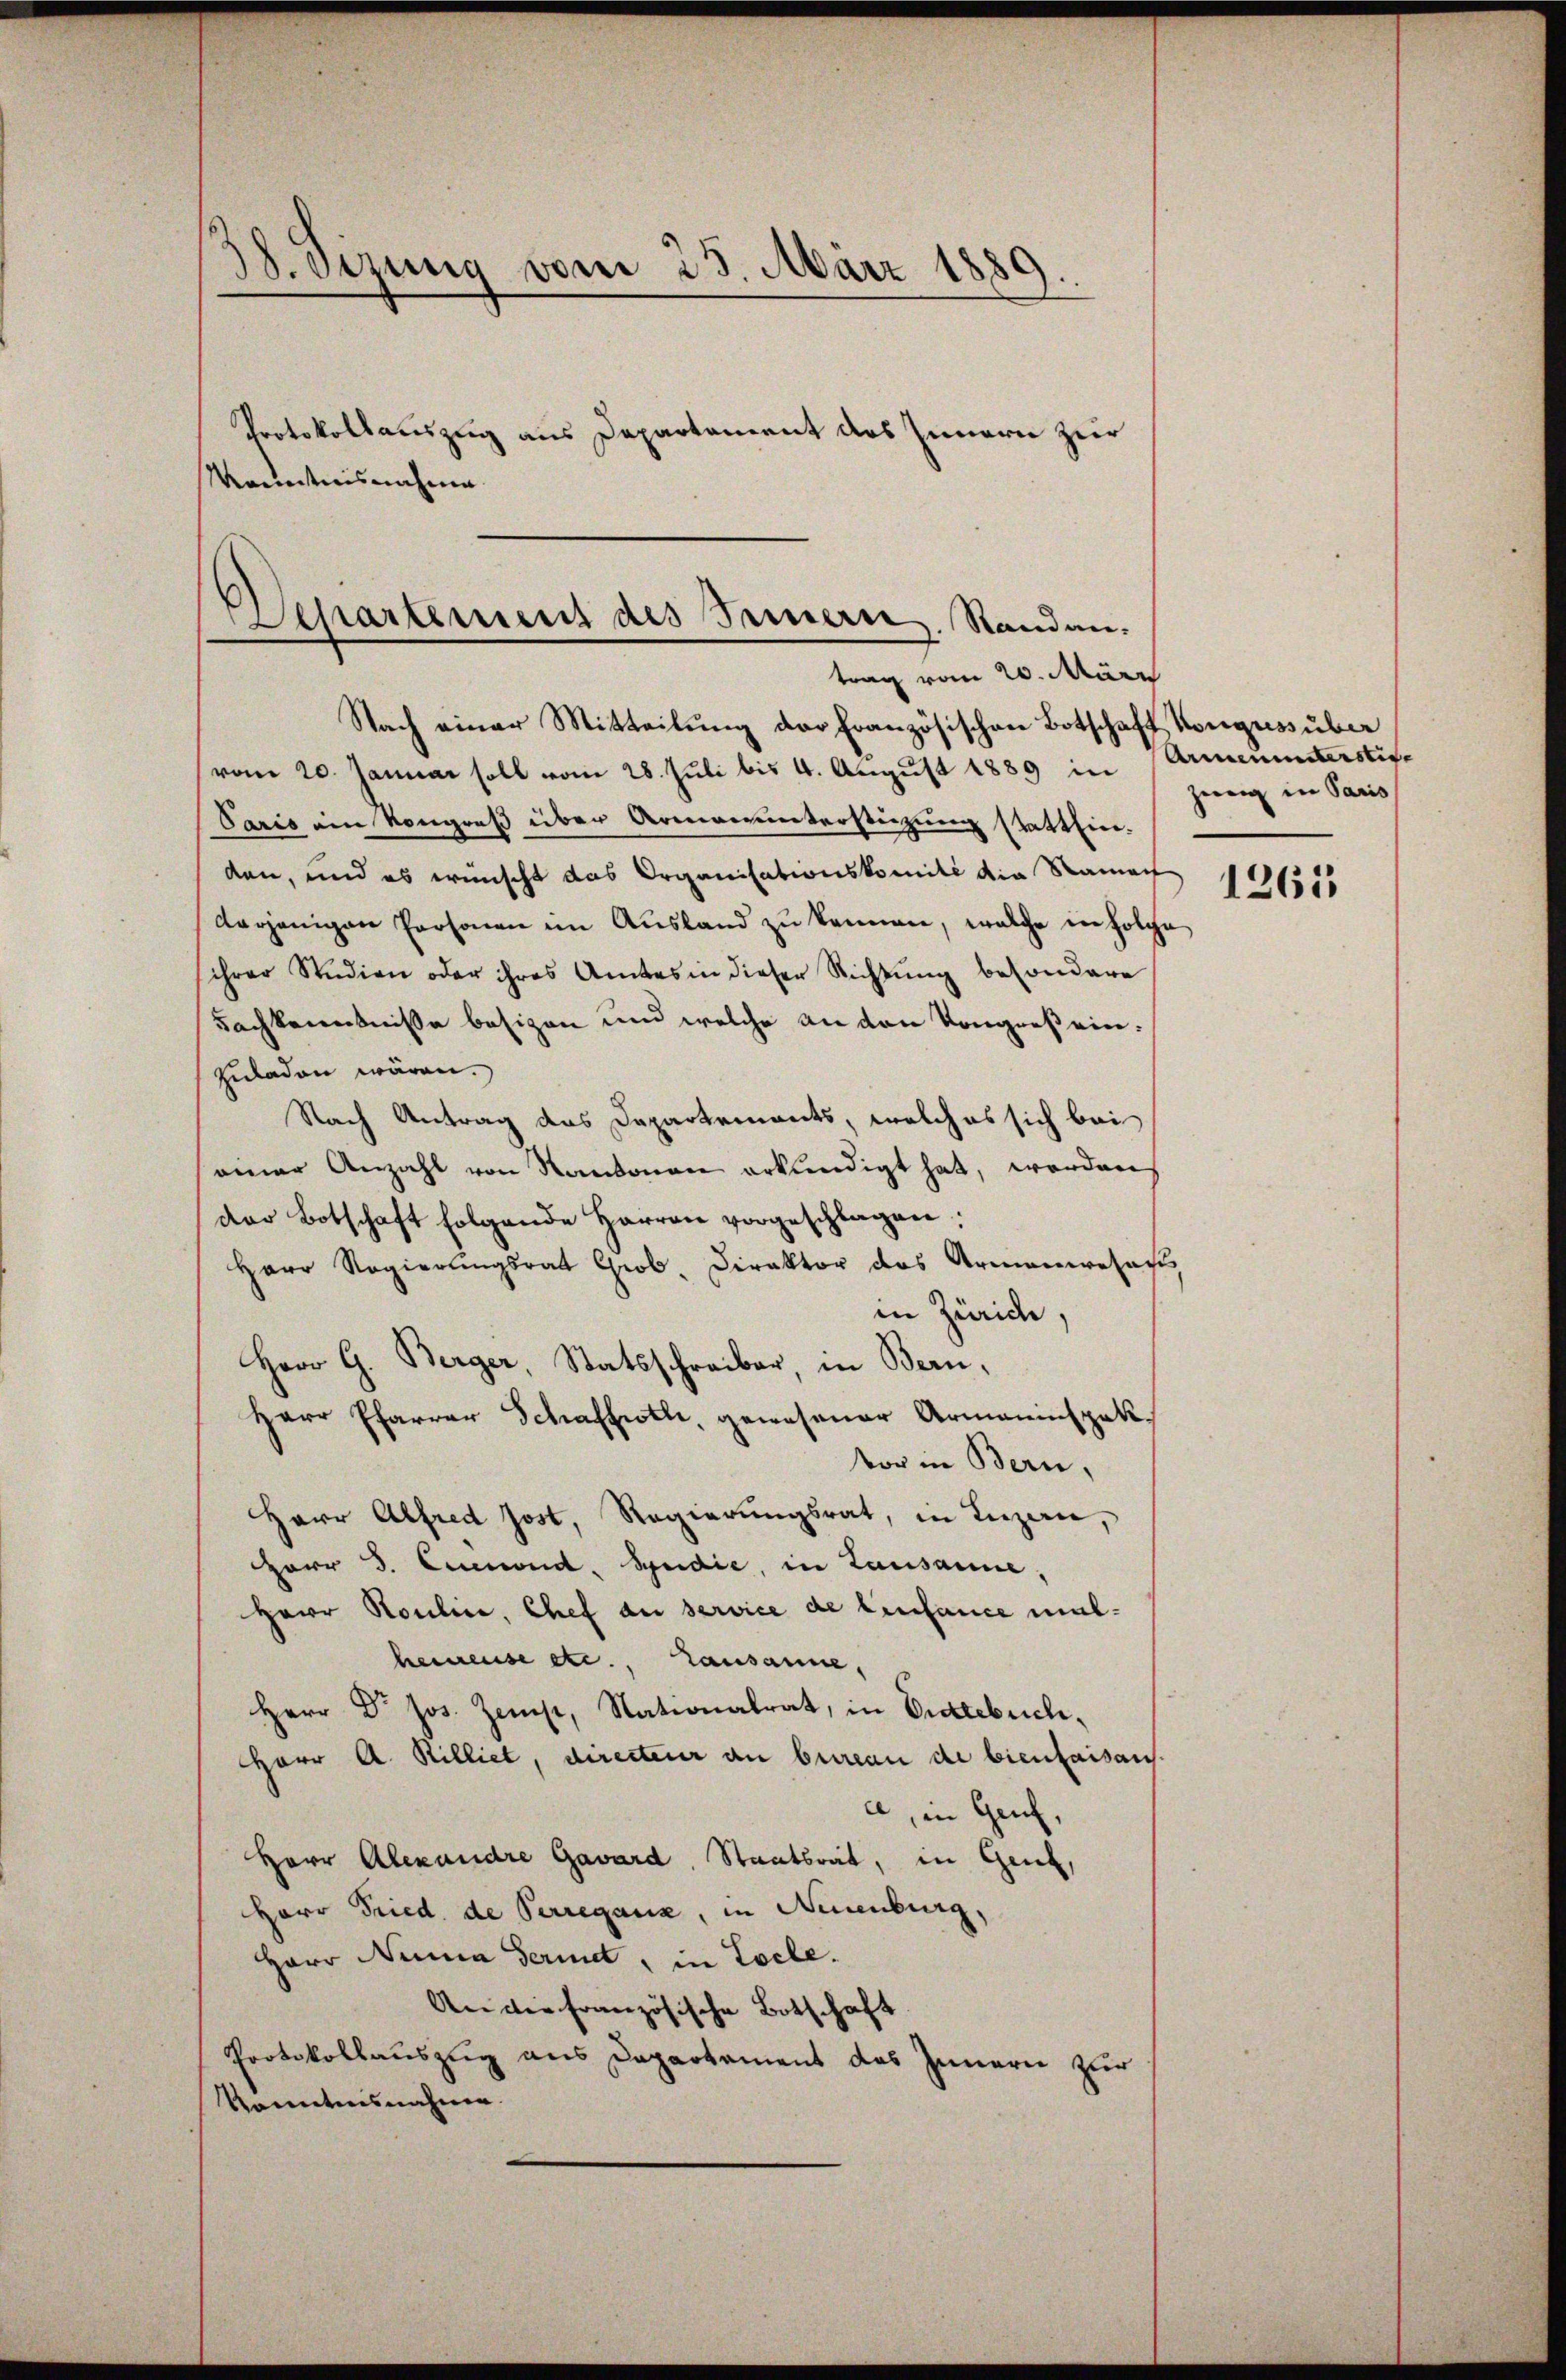
38. Sizung vom 25. März 1889.
Protokollauszug aus Departement des Innern zur
Kenntnisnahme

Nach einer Mitteilung der Französischen Botschaft Kongussuber
vom 20. Januar soll vom 28. Juli bis 4. August 1889 in Armenunterstife
Paris ein Kongreß über Armenunterstüzung stattfinden, und es wünscht das Organisationskomité die Ramach
derjenigen Personen im Ausland zu kennen, welche in solche
schrer Studien oder ihres Amtes in dieser Richtŭng besondere
Fachkenntnisse besizen und welche an den Kongreß einzuladen wären.
Nach Antrag das Departements, welches sich bei
einer Anzahl von Kantonen erkundigt hat, worden
der Botschaft folgende Herren vorgeschlagen.
Herr Regierungsrat Grob. Direktor das Armaniresaß
in Zürich,
Herr G. Berger Statsschreiber, in Bern,
Herr Pfarrer Schafft, gewesener Armannspekvor in Bern,
Herr Alfred Jost, Regierungsrat, in Luzern,
Herr J. Cremond. Spedie, in Lausanne,
Herr Rouline, Chef an service de Einfance malheieuse etc., Lausanne,
Herr Dr. Jos. Zeit, Nationalrat, in Entlebuch.
HHerr A. Rilliet, directeur an bureau de bienfaisan.
a, in Genf,
Herr Alexandre Gaward, Staatsrat, in Gent,
Herr Fried de Perregaus, in Neuenburg,
Herr Nina Seriet, in Loche.
An die Französische Botschaft
Protokollauszug aus Departement des Innern zur
konntnisnahme.

Departement des Innern. Standen.
trag vom 20. März

zweig in Paris
1265